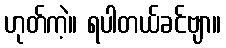
ဟုတ်ကဲ့။ ရပါတယ်ခင်ဗျာ။